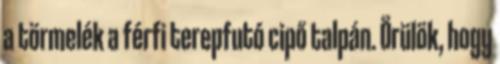
a törmelék a férfi terepfutó cipő talpán. Örülök, hogy